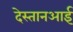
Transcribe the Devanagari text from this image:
देस्तानआई